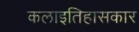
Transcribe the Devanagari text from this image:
कलाइतिहासकार